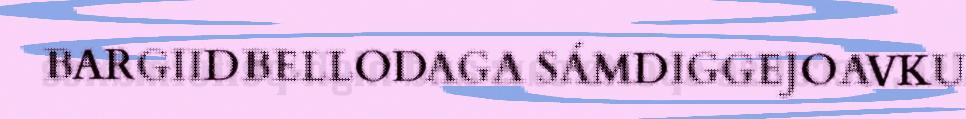
BARGIIDBELLODAGA SÁMDIGGEJOAVKU